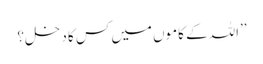
’’اللہ کے کاموں میں کس کا دخل؟